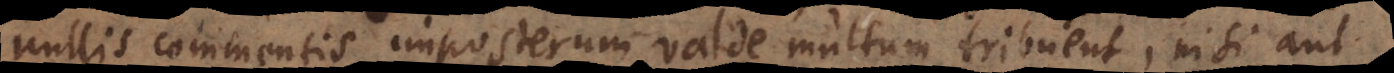
nullis commentis imposterum valde multum tribuent, nisi aut